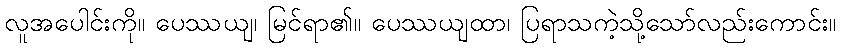
လူအပေါင်းကို။ ပေဿယျ၊ မြင်ရာ၏။ ပေဿယျထာ၊ ပြရာသကဲ့သို့သော်လည်းကောင်း။